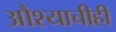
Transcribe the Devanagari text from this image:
औश्याचीही